Triennial report on the lunatic asylums in the province of Eastern Bengal and Assam - 1903-1911
Year: 1903
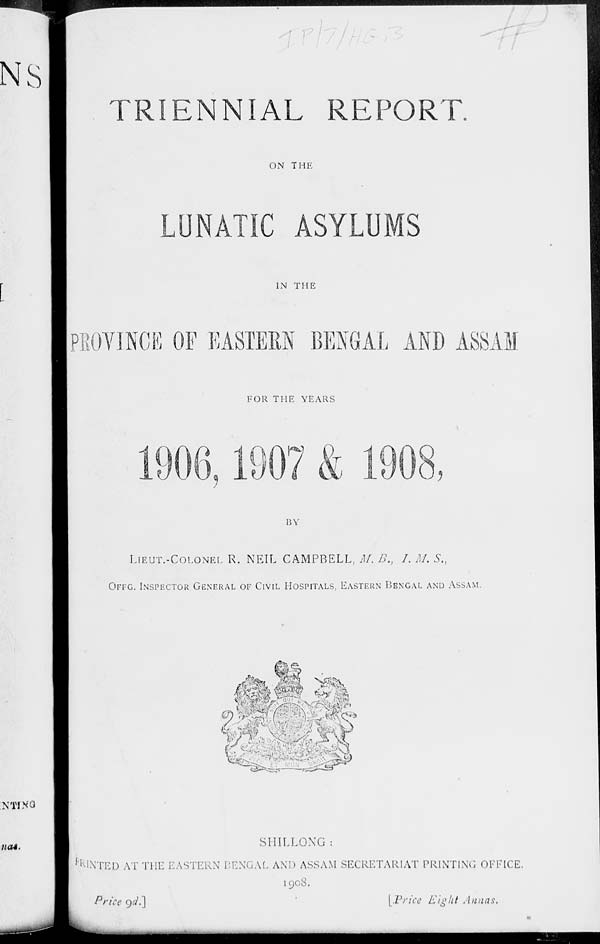
TRIENNIAL REPORT.
ON THE
LUNATIC ASYLUMS
IN THE
PROVINCE OF EASTERN BENGAL AND ASSAM
FOR THE YEARS
1906, 1907 & 1908,
BY
LIEUT.-COLONEL R. NEIL CAMPBELL, M.B., I. M. S.,
OFFG. INSPECTOR GENERAL OF CIVIL HOSPITALS, EASTERN BENGAL AND ASSAM.
SHILLONG :
PRINTED AT THE EASTERN BENGAL AND ASSAM SECRETARIAT PRINTING OFFICE.
1908.
Price 9d.]
[Price Eight Annas.